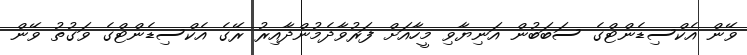
ވޭން އެކްސިޑެންޓްގެ ސަބަބުން އަނިޔާވި މީހާއަށް ފަރުވާދެމުންދާއިރު ރޭގެ އެކްސިޑެންޓްގެ ވަގުތު ވޭން